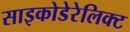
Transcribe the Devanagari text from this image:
साइकोडेरेलिक्ट